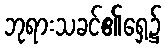
ဘုရားသခင်၏ရှေ့၌